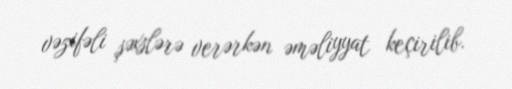
vəzifəli şəxslərə verərkən əməliyyat keçirilib.